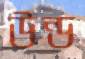
উন্ড